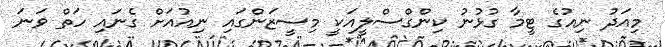
މިއަދު ނިއުގެ ޓީމާ ގުޅުނު ކިންގްސްލީއަކީ މިސީޒަންގައި ނިއުއަށް ގެނައި ހަތް ވަނަ